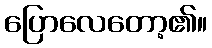
ပြောလေတော့၏။